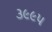
૩૯૯૫